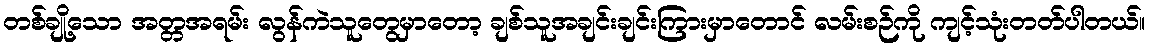
တစ်ချို့သော အတ္တအရမ်း လွန်ကဲသူတွေမှာတော့ ချစ်သူအချင်းချင်းကြားမှာတောင် လမ်းစဉ်ကို ကျင့်သုံးတတ်ပါတယ်။